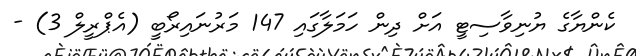
ކެންޔާގެ ޔުނިވާސިޓީ އަށް ދިން ހަމަލާގައި 147 މަރުނައިރޯބީ (އެޕްރީލް 3) -